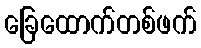
ခြေထောက်တစ်ဖက်